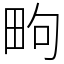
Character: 㽛